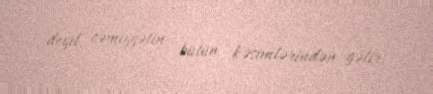
deyil, cəmiyyətin bütün kəsimlərindən gəlir.